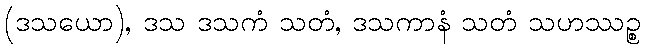
(ဒသယော), ဒသ ဒသကံ သတံ, ဒသကာနံ သတံ သဟဿဉ္စ